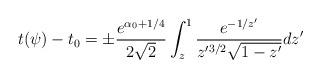
LaTeX: \begin{align*}t(\psi) - t_0 = \pm \frac{e^{\alpha_0 + 1/4}}{2\sqrt{2}} \int_z^1 {\frac{e^{-1/z'}}{z'^{3/2}\sqrt{1-z'}} dz'} \end{align*}